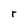
Character: r